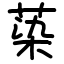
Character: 蒅